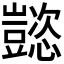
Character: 𬤹